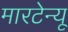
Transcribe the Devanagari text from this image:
मारटेन्यू